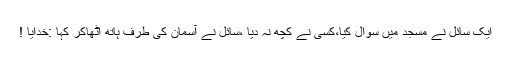
ایک سائل نے مسجد میں سوال کیا،کسی نے کچھ نہ دیا ،سائل نے آسمان کی طرف ہاتھ اٹھاکر کہا :خدایا !